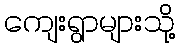
ကျေးရွာများသို့